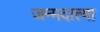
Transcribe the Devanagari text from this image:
जन्मदात्या